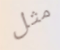
مثل